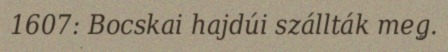
1607: Bocskai hajdúi szállták meg.